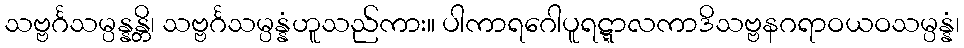
သဗ္ဗင်္ဂသမ္ပန္နန္တိ၊ သဗ္ဗင်္ဂသမ္ပန္နံဟူသည်ကား။ ပါကာရဂေါပူရဋ္ဋာလကာဒိသဗ္ဗနဂရာဝယဝသမ္ပန္နံ၊